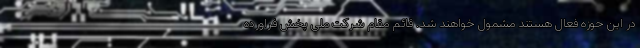
در این حوزه فعال هستند مشمول خواهند شد. قائم مقام شرکت ملی پخش فراورده